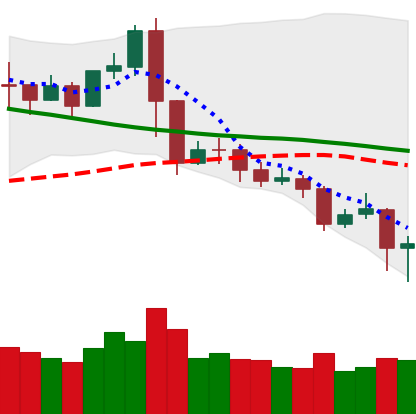
Ticker: XRP-USD
Chart end date: 2019-11-19
Forward return: -12.989%
Label: down_7plus